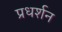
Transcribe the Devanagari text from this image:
प्रधर्शन